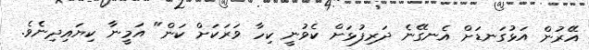
އޭރުން އަޅުގަނޑަށް އެނގޭނެ ދަރިފުޅަށް ކެވުނީ ކިހާ ވަރަކަށް ކަން" އަމީނާ ކިޔައިދިނެވެ.